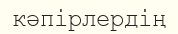
кәпірлердің